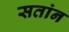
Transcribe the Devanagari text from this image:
सतांन